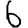
Digit: 6